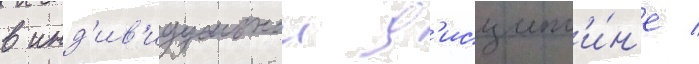
в инд'ив'идуальнои д'исципл'и́н'е /